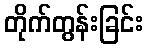
တိုက်တွန်းခြင်း